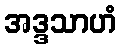
အဒ္ဒသာဟံ